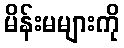
မိန်းမများကို